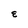
Character: E